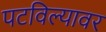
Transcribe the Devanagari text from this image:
पटविल्यावर